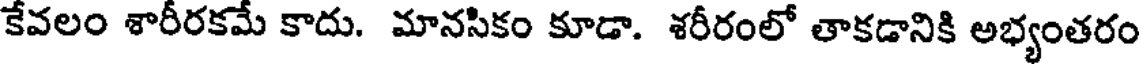
కేవలం శారీరకమే కాదు. మానసికం కూడా. శరీరంలో తాకడానికి అభ్యంతరం